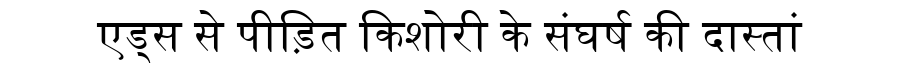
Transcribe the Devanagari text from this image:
एड्स से पीड़ित किशोरी के संघर्ष की दास्तां